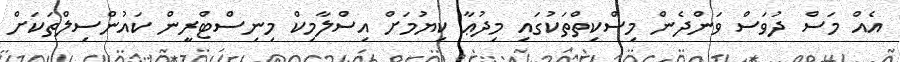
އެއް މަސް ދުވަސް ވަންދެން މިސްކިތްތަކުގައި މިދުޢާ ކިޔުމަށް އިސްލާމިކް މިނިސްޓްރީން ކައުންސިލްތަކަށް